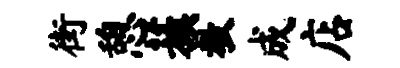
街憩蔟教成店